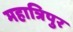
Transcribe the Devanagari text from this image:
महात्रिपुर